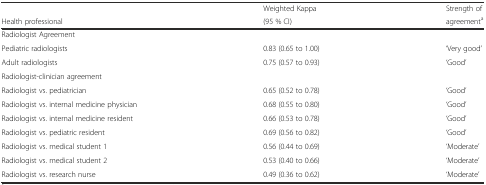
|  | Weighted Kappa | Strength of |
 | Health professional | (95 % CI) | agreementa |
 | --- | --- | --- |
 | <COLSPAN=3> Radiologist Agreement |
 | Pediatric radiologists | 0.83 (0.65 to 1.00) | ‘Very good’ |
 | Adult radiologists | 0.75 (0.57 to 0.93) | ‘Good’ |
 | <COLSPAN=3> Radiologist-clinician agreement |
 | Radiologist vs. pediatrician | 0.65 (0.52 to 0.78) | ‘Good’ |
 | Radiologist vs. internal medicine physician | 0.68 (0.55 to 0.80) | ‘Good’ |
 | Radiologist vs. internal medicine resident | 0.66 (0.53 to 0.78) | ‘Good’ |
 | Radiologist vs. pediatric resident | 0.69 (0.56 to 0.82) | ‘Good’ |
 | Radiologist vs. medical student 1 | 0.56 (0.44 to 0.69) | ‘Moderate’ |
 | Radiologist vs. medical student 2 | 0.53 (0.40 to 0.66) | ‘Moderate’ |
 | Radiologist vs. research nurse | 0.49 (0.36 to 0.62) | ‘Moderate’ |